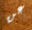
عن